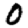
Digit: 0